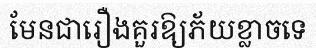
មែនជារឿងគួរឱ្យភ័យខ្លាចទេ